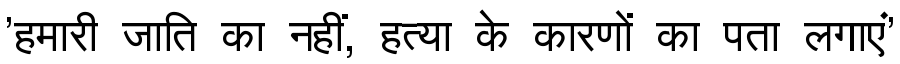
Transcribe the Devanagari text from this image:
'हमारी जाति का नहीं, हत्या के कारणों का पता लगाएं'